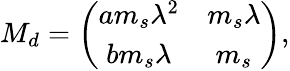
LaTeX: M_{d}=\left(\begin{array}{cc}{{am_{s}\lambda^{2}}}&{{m_{s}\lambda}}\\ {{bm_{s}\lambda}}&{{m_{s}}}\end{array}\right),